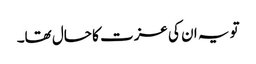
تو یہ ان کی عزت کا حال تھا۔